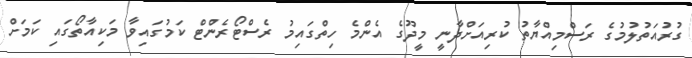
ގުރުއަތުލުމުގެ ރަސްމިއްޔާތު ކުރިއަށްދާނީ މީދޫގެ އެންމެ ހިތްގައިމު ރެސްޓޯރެންޓް ކަަމުގައިވާ މަކިއާތޯގައި ކަމަށް